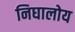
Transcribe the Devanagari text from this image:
निघालोय